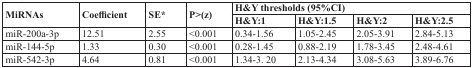
<table><thead><tr><td rowspan="2"><b>MiRNAs</b></td><td rowspan="2"><b>Coefficient</b></td><td rowspan="2"><b>SE<sup>*</sup></b></td><td rowspan="2"><b>P&gt;(z)</b></td><td colspan="4"><b>H&amp;Y thresholds (95%CI)</b></td></tr><tr><td><b>H&amp;Y:1</b></td><td><b>H&amp;Y:1.5</b></td><td><b>H&amp;Y:2</b></td><td><b>H&amp;Y:2.5</b></td></tr></thead><tbody><tr><td>miR-200a-3p</td><td>12.51</td><td>2.55</td><td>&lt;0.001</td><td>0.34-1.56</td><td>1.05-2.45</td><td>2.05-3.91</td><td>2.84-5.13</td></tr><tr><td>miR-144-5p</td><td>1.33</td><td>0.30</td><td>&lt;0.001</td><td>0.28-1.45</td><td>0.88-2.19</td><td>1.78-3.45</td><td>2.48-4.61</td></tr><tr><td>miR-542-3p</td><td>4.64</td><td>0.81</td><td>&lt;0.001</td><td>1.34-3. 20</td><td>2.13-4.34</td><td>3.08-5.63</td><td>3.89-6.76</td></tr></tbody></table>